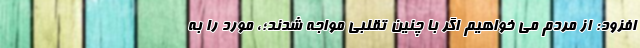
افزود: از مردم می خواهیم اگر با چنین تقلبی مواجه شدند؛، مورد را به